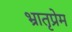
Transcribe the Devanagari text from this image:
भ्रातृप्रेम